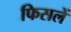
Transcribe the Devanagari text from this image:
फिसलें